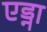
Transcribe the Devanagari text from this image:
एड्ना